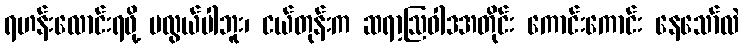
ရဟန်းလောင်းရဖို့ မလွယ်ပါဘူး၊ ငယ်တုန်းက ဆရာ့ဩဝါဒအတိုင်း ကောင်းကောင်း နေသော်လဲ